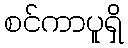
စင်ကာပူရှိ